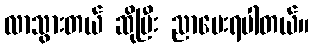
လာသွားတယ် ဆိုပြီး ညာပေးရပါတယ်။